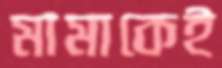
মামাকেই